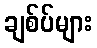
ချစ်ပ်များ